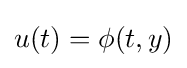
u(t)=\phi (t,y)